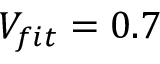
V _ { f i t } = 0 . 7